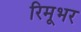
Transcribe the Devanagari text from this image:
रिमूभर